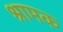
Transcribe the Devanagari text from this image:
श्रामक